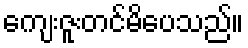
ကျေးဇူးတင်မိပေသည်။